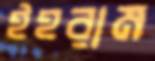
ইহরাম